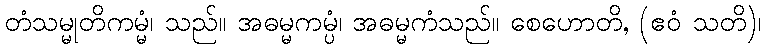
တံသမ္မုတိကမ္မံ၊ သည်။ အဓမ္မကမ္ပံ၊ အဓမ္မကံသည်။ စေဟောတိ, (ဧဝံ သတိ)၊